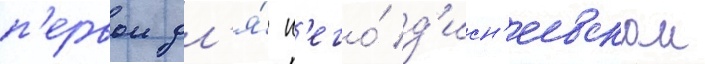
п'ервои дл'я́ н'его́ д'исн'еевскои